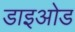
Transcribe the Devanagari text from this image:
डाइओड